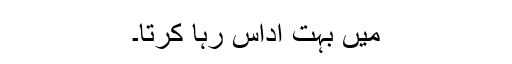
میں بہت اداس رہا کرتا۔